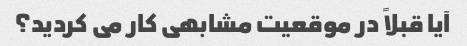
آیا قبلاً در موقعیت مشابهی کار می کردید؟